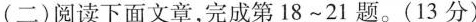
(二)阅读下文章，完成第18~21。（13）